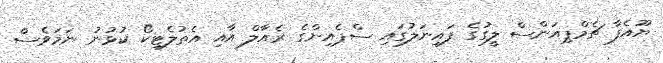
ޔޫއެފާ ޗެމްޕިއަންސް ލީގުގެ ފައިނަލުގައި ސްޕެއިންގެ ރެއާލް އާއި އެތުލެޓިކޯ ކުޅުނު ނަމަވެސް